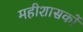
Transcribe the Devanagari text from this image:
महीशासकों